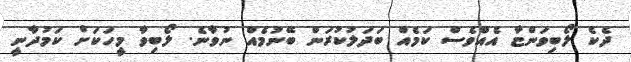
ދެކެ ލޯބިވަންޏާ އެއްވެސް ކަމެއް ބަދަލުކުރަން ބޭނުމެއް ނުވާނެ. ލޯބިވާ މީހަކަށް ކަމުދާނީ